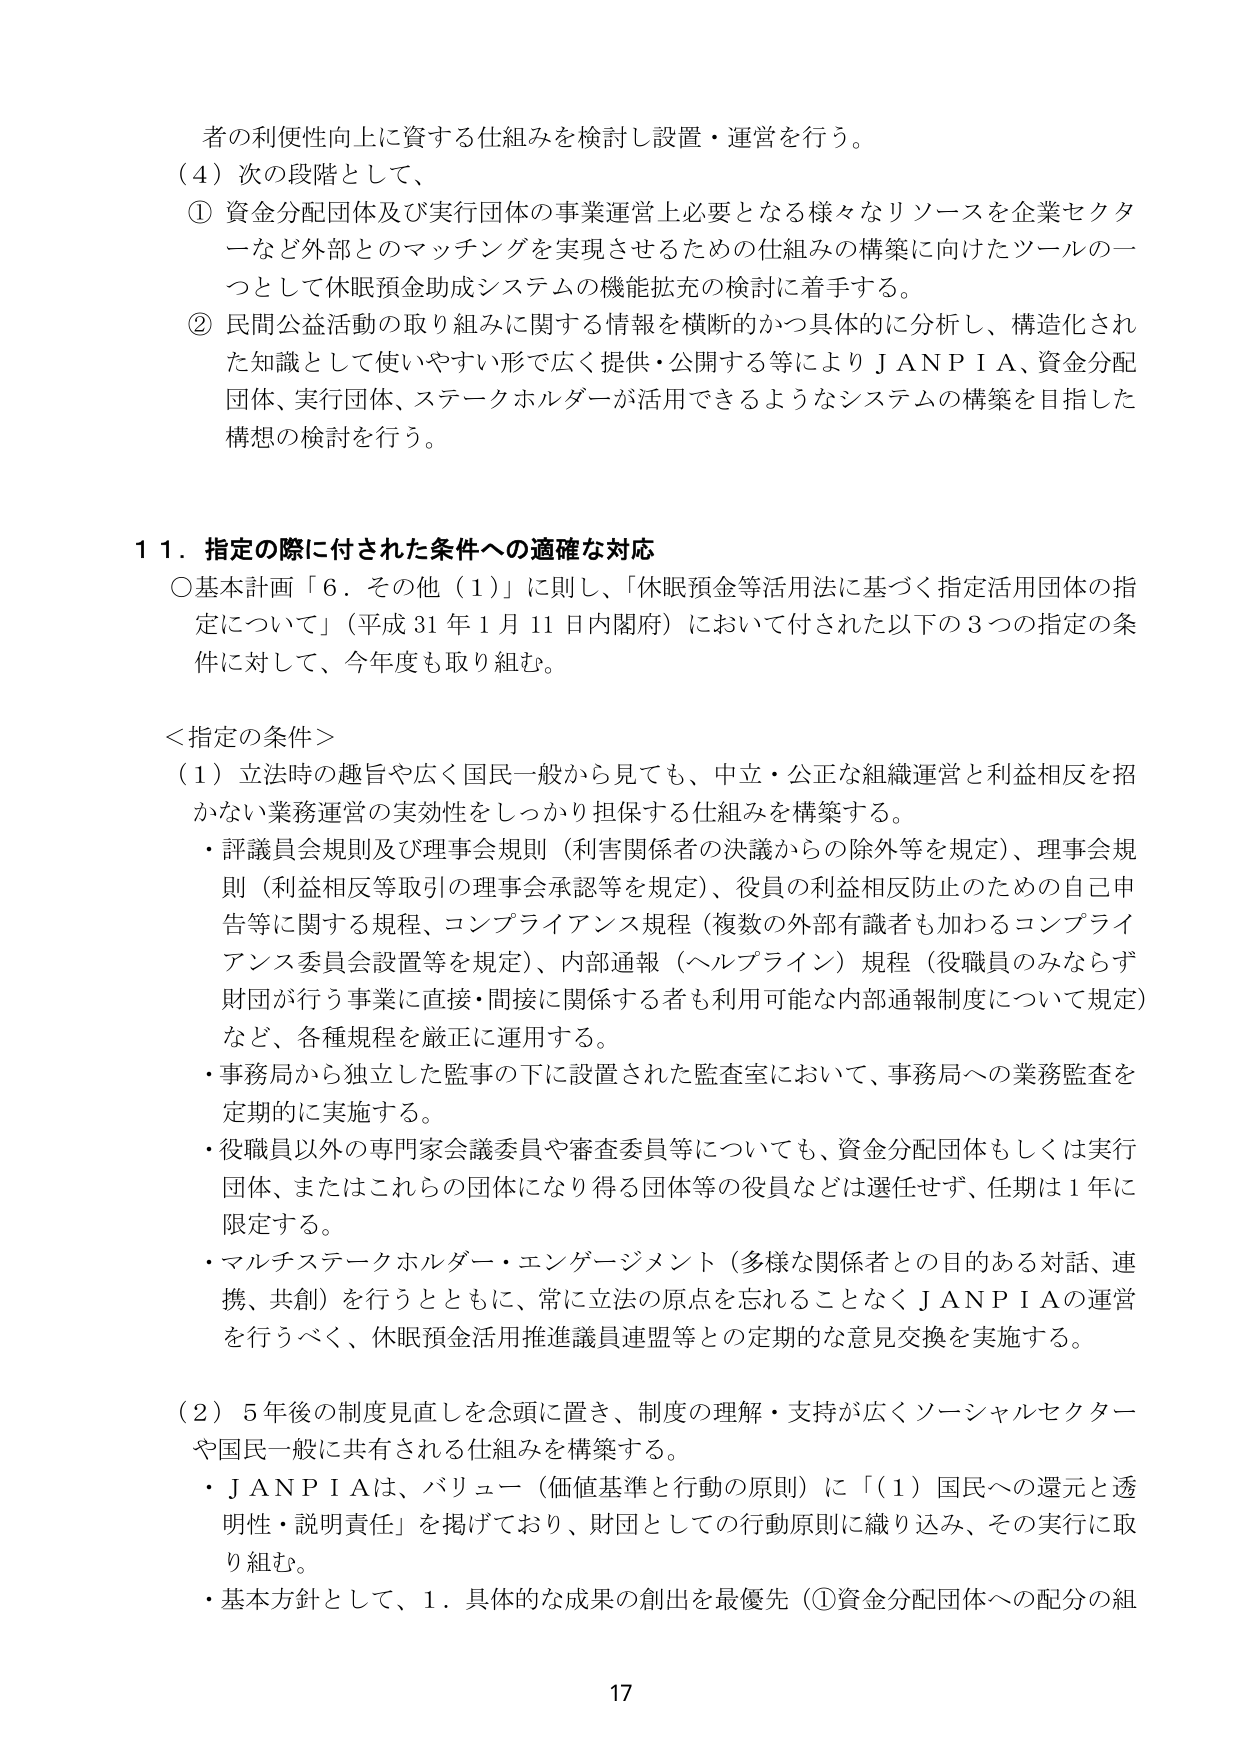
者の利便性向上に資する仕組みを検討し設置・運営を行う。

（4）次の段階として、
① 資金分配団体及び実行団体の事業運営上必要となる様々なリソースを企業セクターなど外部とのマッチングを実現させるための仕組みの構築に向けたツールの一つとして休眠預金助成システムの機能拡充の検討に着手する。
② 民間公益活動の取り組みに関する情報を横断的かつ具体的に分析し、構造化された知識として使いやすい形で広く提供・公開する等によりＪＡＮＰＩＡ、資金分配団体、実行団体、ステークホルダーが活用できるようなシステムの構築を目指した構想の検討を行う。

１１．指定の際に付された条件への適確な対応
○基本計画「６．その他（１）」に則し、「休眠預金等活用法に基づく指定活用団体の指定について」（平成31年1月11日内閣府）において付された以下の3つの指定の条件に対して、今年度も取り組む。

＜指定の条件＞
（1）立法時の趣旨や広く国民一般から見ても、中立・公正な組織運営と利益相反を招かない業務運営の実効性をしっかり担保する仕組みを構築する。
・評議員会規則及び理事会規則（利害関係者の決議からの除外等を規定）、理事会規則（利益相反等取引の理事会承認等を規定）、役員の利益相反防止のための自己申告等に関する規程、コンプライアンス規程（複数の外部有識者も加わるコンプライアンス委員会設置等を規定）、内部通報（ヘルプライン）規程（役職員のみならず財団が行う事業に直接・間接に関係する者も利用可能な内部通報制度について規定）など、各種規程を厳正に運用する。
・事務局から独立した監事の下に設置された監査室において、事務局への業務監査を定期的に実施する。
・役職員以外の専門家会議委員や審査委員等についても、資金分配団体もしくは実行団体、またはこれらの団体になり得る団体等の役員などは選任せず、任期は1年に限定する。
・マルチステークホルダー・エンゲージメント（多様な関係者との目的ある対話、連携、共創）を行うとともに、常に立法の原点を忘れることがなくＪＡＮＰＩＡの運営を行うべく、休眠預金活用推進議員連盟等との定期的な意見交換を実施する。

（2）5年後の制度見直しを念頭に置き、制度の理解・支持が広くソーシャルセクターや国民一般に共有される仕組みを構築する。
・ＪＡＮＰＩＡは、バリュー（価値基準と行動の原則）に「（1）国民への還元と透明性・説明責任」を掲げており、財団としての行動原則に織り込み、その実行に取り組む。
・基本方針として、1．具体的な成果の創出を最優先（①資金分配団体への配分の組

17